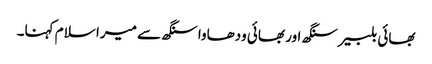
بھائی بلبیر سنگھ اور بھائی ودھاوا سنگھ سے میرا سلام کہنا۔